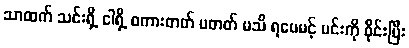
သာထက် သင်းရို့ ငါရို့ စကားတတ် မတတ် မသိ ရပေမင့် မင်းကို ဝိုင်းပြီး